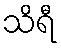
သိရီ